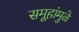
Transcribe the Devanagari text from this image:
समूहांमुळे